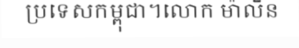
ប្រទេសកម្ពុជា។លោក ម៉ាលីន